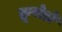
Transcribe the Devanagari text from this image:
क्रूसेड़ों